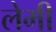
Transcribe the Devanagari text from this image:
लेमी